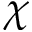
\chi